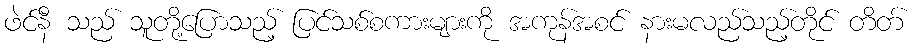
ဖဲင်နီ သည် သူတို့ပြောသည့် ပြင်သစ်စကားများကို အကုန်အစင် နားမလည်သည့်တိုင် တိတ်